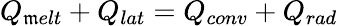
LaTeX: Q_{\mathfrak{m}elt}+Q_{lat}=Q_{conv}+Q_{rad}